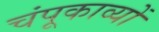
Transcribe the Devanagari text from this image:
चंपूकाव्यों